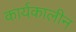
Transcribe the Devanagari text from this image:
कार्यकालीन